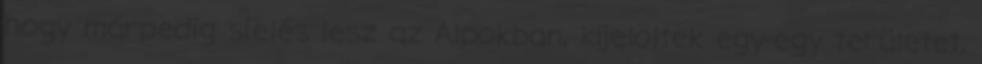
hogy márpedig síelés lesz az Alpokban, kijelöltek egy-egy területet,